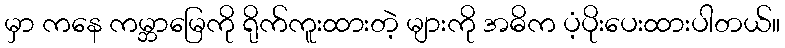
မှာ ကနေ ကမ္ဘာမြေကို ရိုက်ကူးထားတဲ့ များကို အဓိက ပံ့ပိုးပေးထားပါတယ်။